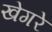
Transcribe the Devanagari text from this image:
खेगरे